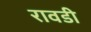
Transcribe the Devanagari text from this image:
रावडी